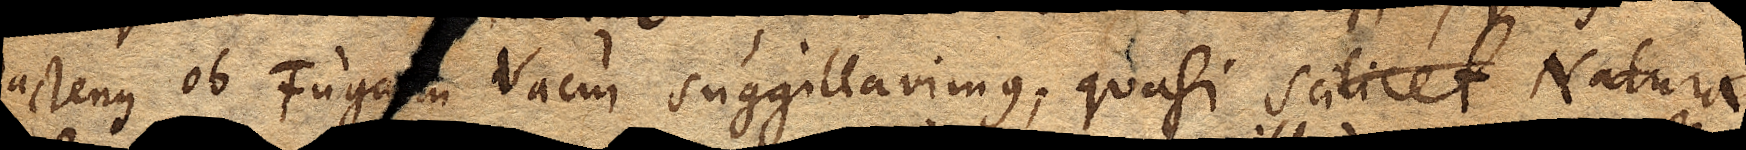
hactenus ob Fugam Vacui suggilavimus; quasi scilicet Naturae